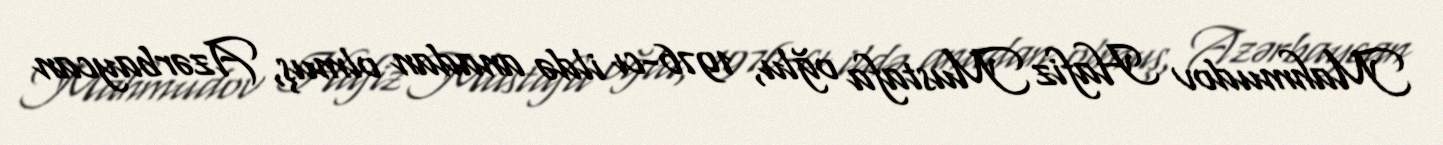
Mahmudov Hafiz Mustafa oğlu, 1976-cı ildə anadan olmuş, Azərbaycan